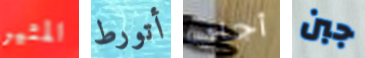
المثير أتورط أجاي جبن